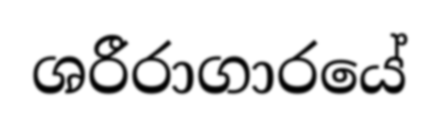
ශරීරාගාරයේ